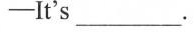
-It's___.